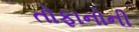
તોફાનોની